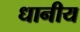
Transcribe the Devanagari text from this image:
धानीय